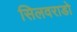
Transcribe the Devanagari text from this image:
सिलवराडो